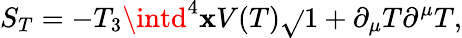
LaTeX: S_{T}=-T_{3}\intd^{4}\mathbf{x}V(T)\sqrt{}{{1+\partial_{\mu}T\partial^{\mu}T}},